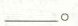
___。